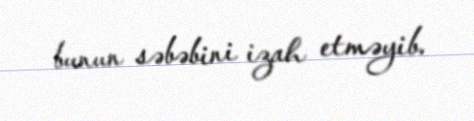
bunun səbəbini izah etməyib.